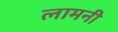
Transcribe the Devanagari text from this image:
लामनी